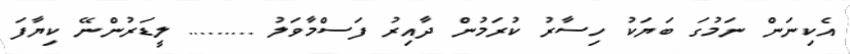
އެކިނަން ނަމުގަ ބަޔަކު ހިސާރު ކުރަމުން ދާއިރު ފަސްމާވަލު ......... ލީޑަރުންނޭ ކިޔާފަ